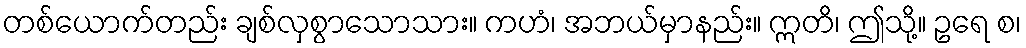
တစ်ယောက်တည်း ချစ်လှစွာသောသား။ ကဟံ၊ အဘယ်မှာနည်း။ ဣတိ၊ ဤသို့။ ဥရေ စ၊